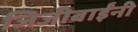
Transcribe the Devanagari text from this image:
जिजीबाईंनी